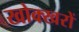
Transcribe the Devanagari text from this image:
खोक्खरों